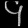
Digit: ၄